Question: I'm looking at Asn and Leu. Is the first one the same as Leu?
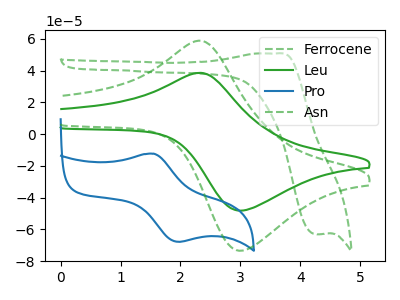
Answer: <think>The green dashed curve "Ferrocene" has an anodic peak at (3.60V, 50.85uA) and a cathodic peak at (4.25V, -62.95uA). The green curve "Leu" has an anodic peak at (2.30V, 38.60uA) and a cathodic peak at (3.00V, -48.10uA). The blue curve "Pro" has an anodic peak at (1.55V, -12.30uA) and a cathodic peak at (1.95V, -67.80uA). The green dashed curve "Asn" has an anodic peak at (2.30V, 58.80uA) and a cathodic peak at (3.00V, -73.35uA).
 All the peaks in "Asn" have a peak in "Leu" at the same potential. Every peak in "Asn" is higher than every peak in "Leu".</think>
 <answer>"Asn" and "Leu" are similar in shape.</answer>
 <eval>same_shape</eval>